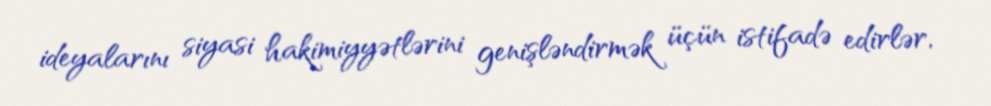
ideyalarını siyasi hakimiyyətlərini genişləndirmək üçün istifadə edirlər,